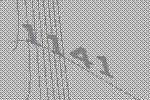
1141